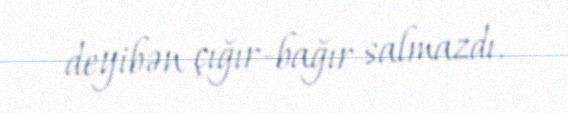
deyibən çığır-bağır salmazdı.